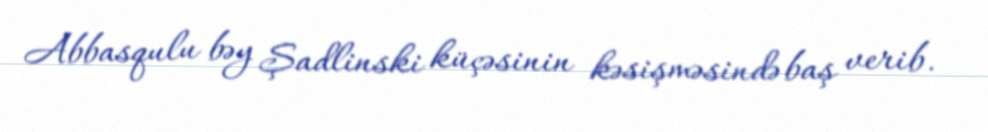
Abbasqulu bəy Şadlinski küçəsinin kəsişməsində baş verib.